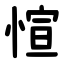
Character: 愃